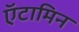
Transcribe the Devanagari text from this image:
ऍटामिन